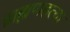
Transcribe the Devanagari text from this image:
ब्राह्मणहत्या